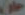
حان